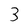
Character: 3